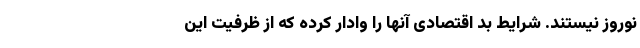
نوروز نیستند. شرایط بد اقتصادی آنها را وادار کرده که از ظرفیت این